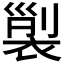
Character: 𧚲